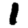
Digit: 1